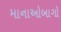
માનાઓબાગો